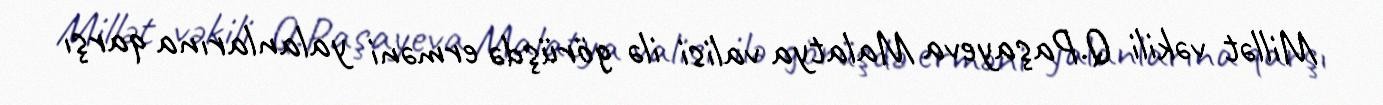
Millət vəkili Q.Paşayeva Malatya valisi ilə görüşdə erməni yalanlarına qarşı